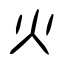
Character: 火